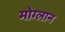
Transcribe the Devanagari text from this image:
मोग्लान